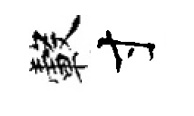
轂寸